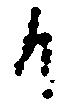
も